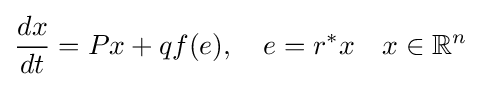
{\frac {dx}{dt}}=Px+qf(e),\quad e=r^{*}x\quad x\in \mathbb {R} ^{n}